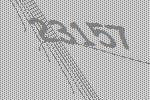
23157